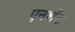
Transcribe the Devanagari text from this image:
एनशॅंट